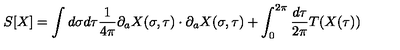
S [ X ] = \int d \sigma d \tau \frac { 1 } { 4 \pi } \partial _ { a } X ( \sigma , \tau ) \cdot \partial _ { a } X ( \sigma , \tau ) + \int _ { 0 } ^ { 2 \pi } \frac { d \tau } { 2 \pi } T ( X ( \tau ) )